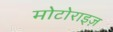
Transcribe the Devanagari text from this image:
मोटोराइज़